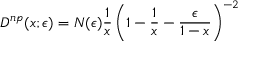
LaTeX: D ^ { n p } ( x ; \epsilon ) = N ( \epsilon ) { \frac { 1 } { x } } \left( 1 - { \frac { 1 } { x } } - { \frac { \epsilon } { 1 - x } } \right) ^ { - 2 }